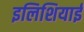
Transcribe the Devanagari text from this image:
इलिशियाई